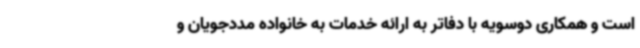
است و همکاری دوسویه با دفاتر به ارائه خدمات به خانواده مددجویان و